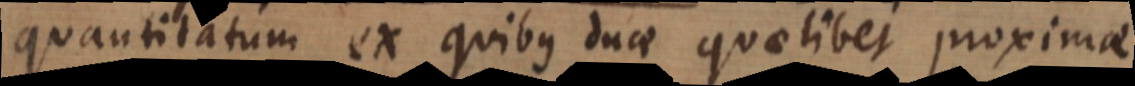
quantitatum ex quibus duae quaelibet proximae